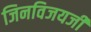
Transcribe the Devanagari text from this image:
जिनविजयजी